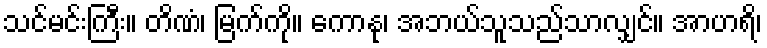
သင်မင်းကြီး။ တိဏံ၊ မြက်ကို။ ကောနု၊ အဘယ်သူသည်သာလျှင်။ အာဟရိ၊